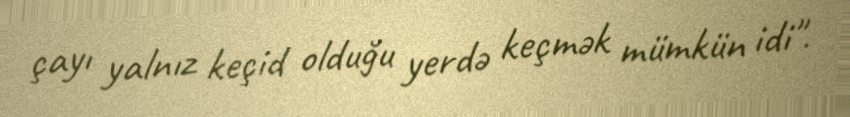
çayı yalnız keçid olduğu yerdə keçmək mümkün idi".